Lunatic asylums Central Provinces reports 1886-1894 - 1886-1894
Year: 1886
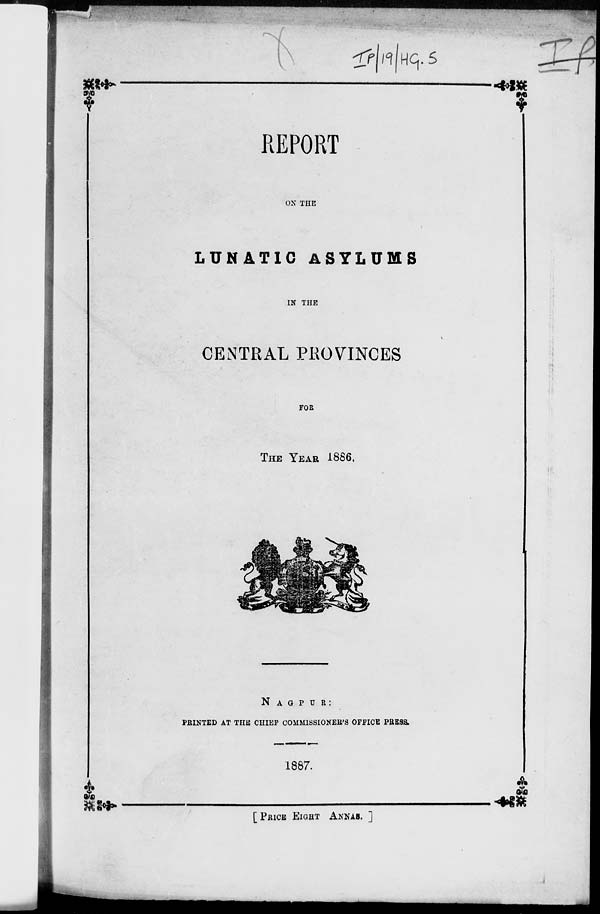
REPORT
ON THE
LUNATIC ASYLUMS
IN THE
CENTRAL PROVINCES
FOR
THE YEAR 1886.
NAGPUR:
PRINTED AT THE CHIEF COMMISSIONER'S OFFICE PRESS.
1887.
[PRICE EIGHT ANNAS. ]